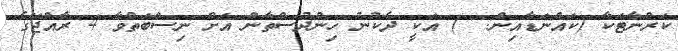
ކަރްނާޓަކާ (ކައްނަޑާއިން: ೯) އަކީ ދެކުނު ހިންދުސްތާން އަށް ނިސްބަތްވާ 4 ރާއްޖޭގެ